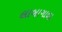
લાબાગાળા